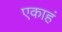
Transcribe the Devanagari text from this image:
एकाहं